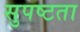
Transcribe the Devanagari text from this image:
सुपष्टता